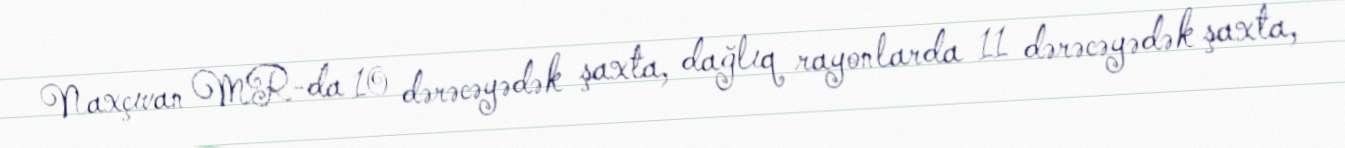
Naxçıvan MR-da 10 dərəcəyədək şaxta, dağlıq rayonlarda 11 dərəcəyədək şaxta,